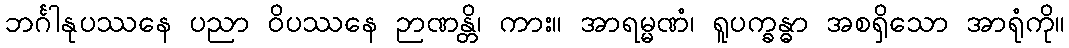
ဘင်္ဂါနုပဿနေ ပညာ ဝိပဿနေ ဉာဏန္တိ၊ ကား။ အာရမ္မဏံ၊ ရူပက္ခန္ဓာ အစရှိသော အာရုံကို။